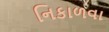
નિકાળવા